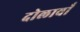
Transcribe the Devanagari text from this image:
दोलावाँ